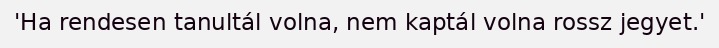
'Ha rendesen tanultál volna, nem kaptál volna rossz jegyet.'